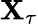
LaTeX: \mathbf{X}_{\tau}